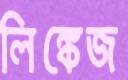
লিঙ্কেজ